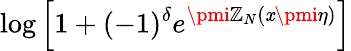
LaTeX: \log\left[1+(-1)^{\delta}e^{\pmi\mathbb{Z}_{N}(\mathit{x}\pmi\eta)}\right]